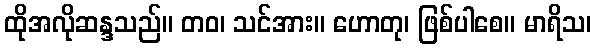
ထိုအလိုဆန္ဒသည်။ တဝ၊ သင်အား။ ဟောတု၊ ဖြစ်ပါစေ။ မာရိသ၊